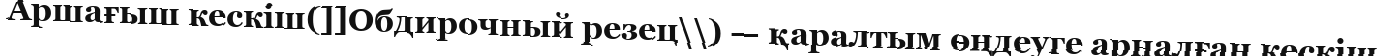
Аршағыш кескіш(]]Обдирочный резец\\) — қаралтым өңдеуге арналған кескіш.